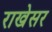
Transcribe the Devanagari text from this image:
राखेसर